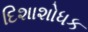
દિશાશોધક